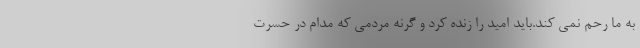
به ما رحم نمی کند.باید امید را زنده کرد و گرنه مردمی که مدام در حسرت